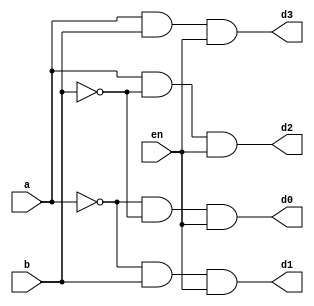
module dec2x4 (
input en,a,b,
output d0,d1,d2,d3);

assign d0= (~a)&(~b)&en;
assign d1= (~a)&b&en;
assign d2= a&(~ b)&en;
assign d3= a&b&en;
endmodule